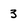
Character: 3